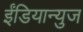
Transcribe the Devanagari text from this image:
ईंडियान्युज